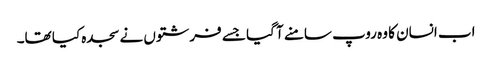
اب انسان کا وہ روپ سامنے آ گیا جسے فرشتوں نے سجدہ کیا تھا۔